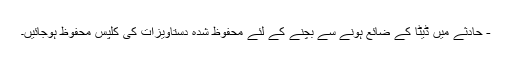
- حادثے میں ڈیٹا کے ضائع ہونے سے بچنے کے لئے محفوظ شدہ دستاویزات کی کلپس محفوظ ہوجائیں۔